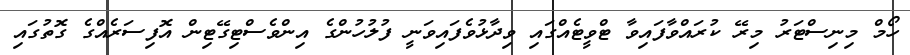
ހޯމް މިނިސްޓަރު މިރޭ ކުރައްވާފައިވާ ޓްވީޓެއްގައި ވިދާޅުވެފައިވަނީ ފުލުހުންގެ އިންވެސްޓިގޭޓިން އޮފިސަރެއްގެ ގޮތުގައި